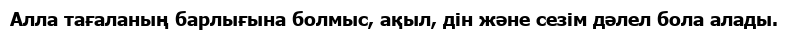
Алла тағаланың барлығына болмыс, ақыл, дін және сезім дәлел бола алады.